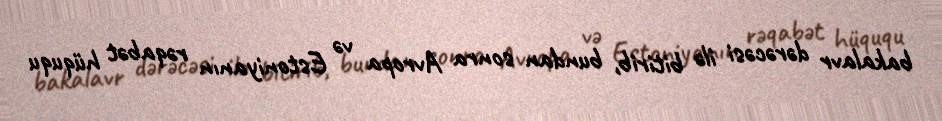
bakalavr dərəcəsi ilə bitirib, bundan sonra Avropa və Estoniyanın rəqabət hüququ